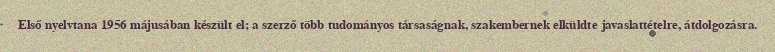
Első nyelvtana 1956 májusában készült el; a szerző több tudományos társaságnak, szakembernek elküldte javaslattételre, átdolgozásra.